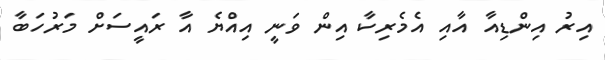
އިރު އިންޑިއާ އާއި އެމެރިކާ އިން ވަނީ އިއްޔެ އާ ރައީސަށް މަރުހަބާ